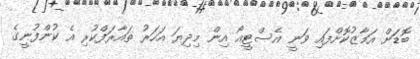
ބޮޑަށް އަމާޒުކޮށްފައި ވަނީ އެސްޓީއޯ އިން މިދިޔަ އަހަރު ތައާރަފްކުރި އެ ކުންފުނީގެ